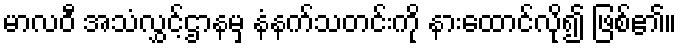
မာလဝီ အသံလွှင့်ဌာနမှ နံနက်သတင်းကို နားထောင်လို၍ ဖြစ်၏။